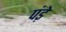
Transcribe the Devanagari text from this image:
पंड़े